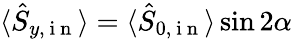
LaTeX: \langle\hat{S}_{y,\mathrm{~i~n~}}\rangle=\langle\hat{S}_{0,\mathrm{~i~n~}}\rangle\sin{2\alpha}